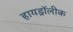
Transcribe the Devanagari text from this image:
हायड्रॉलीक